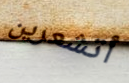
أتشعرين